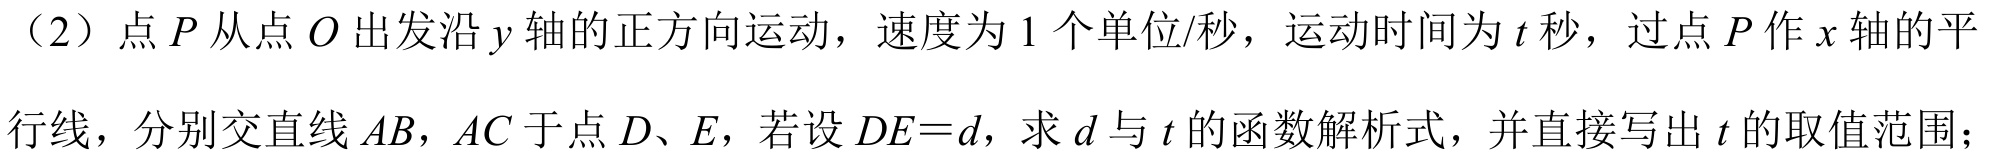
（2）点\(P\)从点\(O\)出发沿\(y\)轴的正方向运动，速度为\(1\)个单位/秒，运动时间为\(t\)秒，过点\(P\)作\(x\)轴的平
行线，分别交直线\(AB\)，\(AC\)于点\(D\)、\(E\)，若设\(DE = d\)，求\(d\)与\(t\)的函数解析式，并直接写出\(t\)的取值范围；